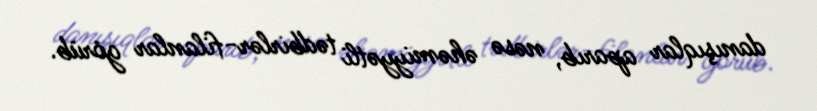
danışıqlar aparıb, nəsə əhəmiyyətli tədbirlər-filanlar görüb.